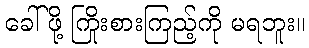
ခေါ်ဖို့ ကြိုးစားကြည့်ကို မရဘူး။